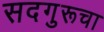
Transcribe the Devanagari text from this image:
सदगुरूचा